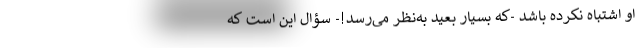
او اشتباه نکرده باشد -که بسیار بعید به‌نظر می‌رسد!- سؤال این است که